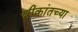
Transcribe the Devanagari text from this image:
श्रीकांतच्या